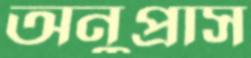
অনুপ্রাস